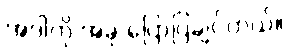
အဲဒါကို အခု ပြောပြချင်တယ်။